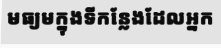
មធ្យមក្នុងទីកន្លែងដែលអ្នក